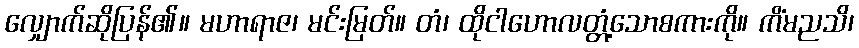
လျှောက်ဆိုပြန်၏။ မဟာရာဇ၊ မင်းမြတ်။ တံ၊ ထိုငါဟောလတ္တံ့သောစကားကို။ ကိံမညသိ၊